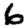
Digit: 6